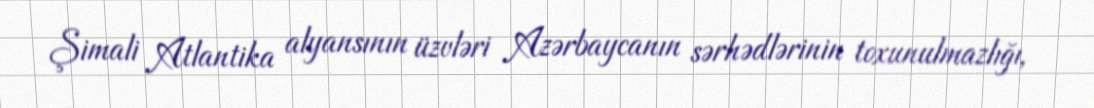
Şimali Atlantika alyansının üzvləri Azərbaycanın sərhədlərinin toxunulmazlığı,